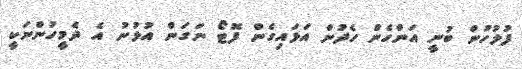
ފުލުުހުން ބުނީ އަންހެން ހެދުން އަޅައިގެން ފޮޓޯ ނަގަން އުޅުނު އެ ދެމީހުންނަކީ